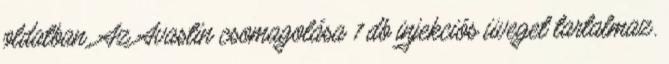
oldatban. Az Avastin csomagolása 1 db injekciós üveget tartalmaz.